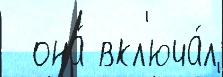
  она́ вкл'юча́л